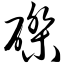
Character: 磔